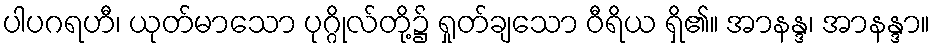
ပါပဂရဟီ၊ ယုတ်မာသော ပုဂ္ဂိုလ်တို့၌ ရှုတ်ချသော ဝီရိယ ရှိ၏။ အာနန္ဒ၊ အာနန္ဒာ။